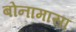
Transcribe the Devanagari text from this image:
बोनामासा